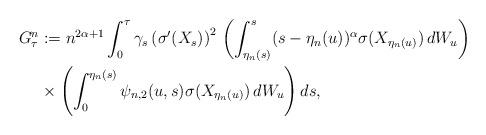
LaTeX: \begin{align*} G^n_\tau &:=n^{2\alpha+ 1}\int^{\tau}_0\gamma_s\left(\sigma'(X_s)\right)^2\, \left(\int^s_{\eta_n(s)}(s-\eta_n(u))^{\alpha}\sigma(X_{\eta_n(u)})\,dW_u\right)\,\\&\times \left(\int^{\eta_n(s)}_0 \psi_{n,2}(u,s) \sigma(X_{\eta_n(u)})\, dW_u\right) ds, \end{align*}